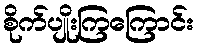
စိုက်ပျိုးကြကြောင်း